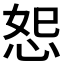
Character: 𪫴